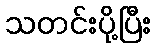
သတင်းပို့ပြီး